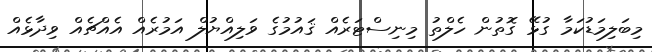
މިބަލިމަޑުކަމާ ގުޅޭ ގޮތުން ހެލްތު މިނިސްޓަރެއް ޤައުމުގެ ވަލިއްޔުލް އަމުރެއް އެއްޗެއް ވިދާޅެއް